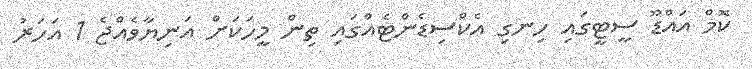
ކޮމް އައްޑޫ ސީޓީގައި ހިނގި އެކްސިޑެންޓެއްގައި ތިން މީހަކަށް އަނިޔާވެއްޖެ 1 އަހަރު